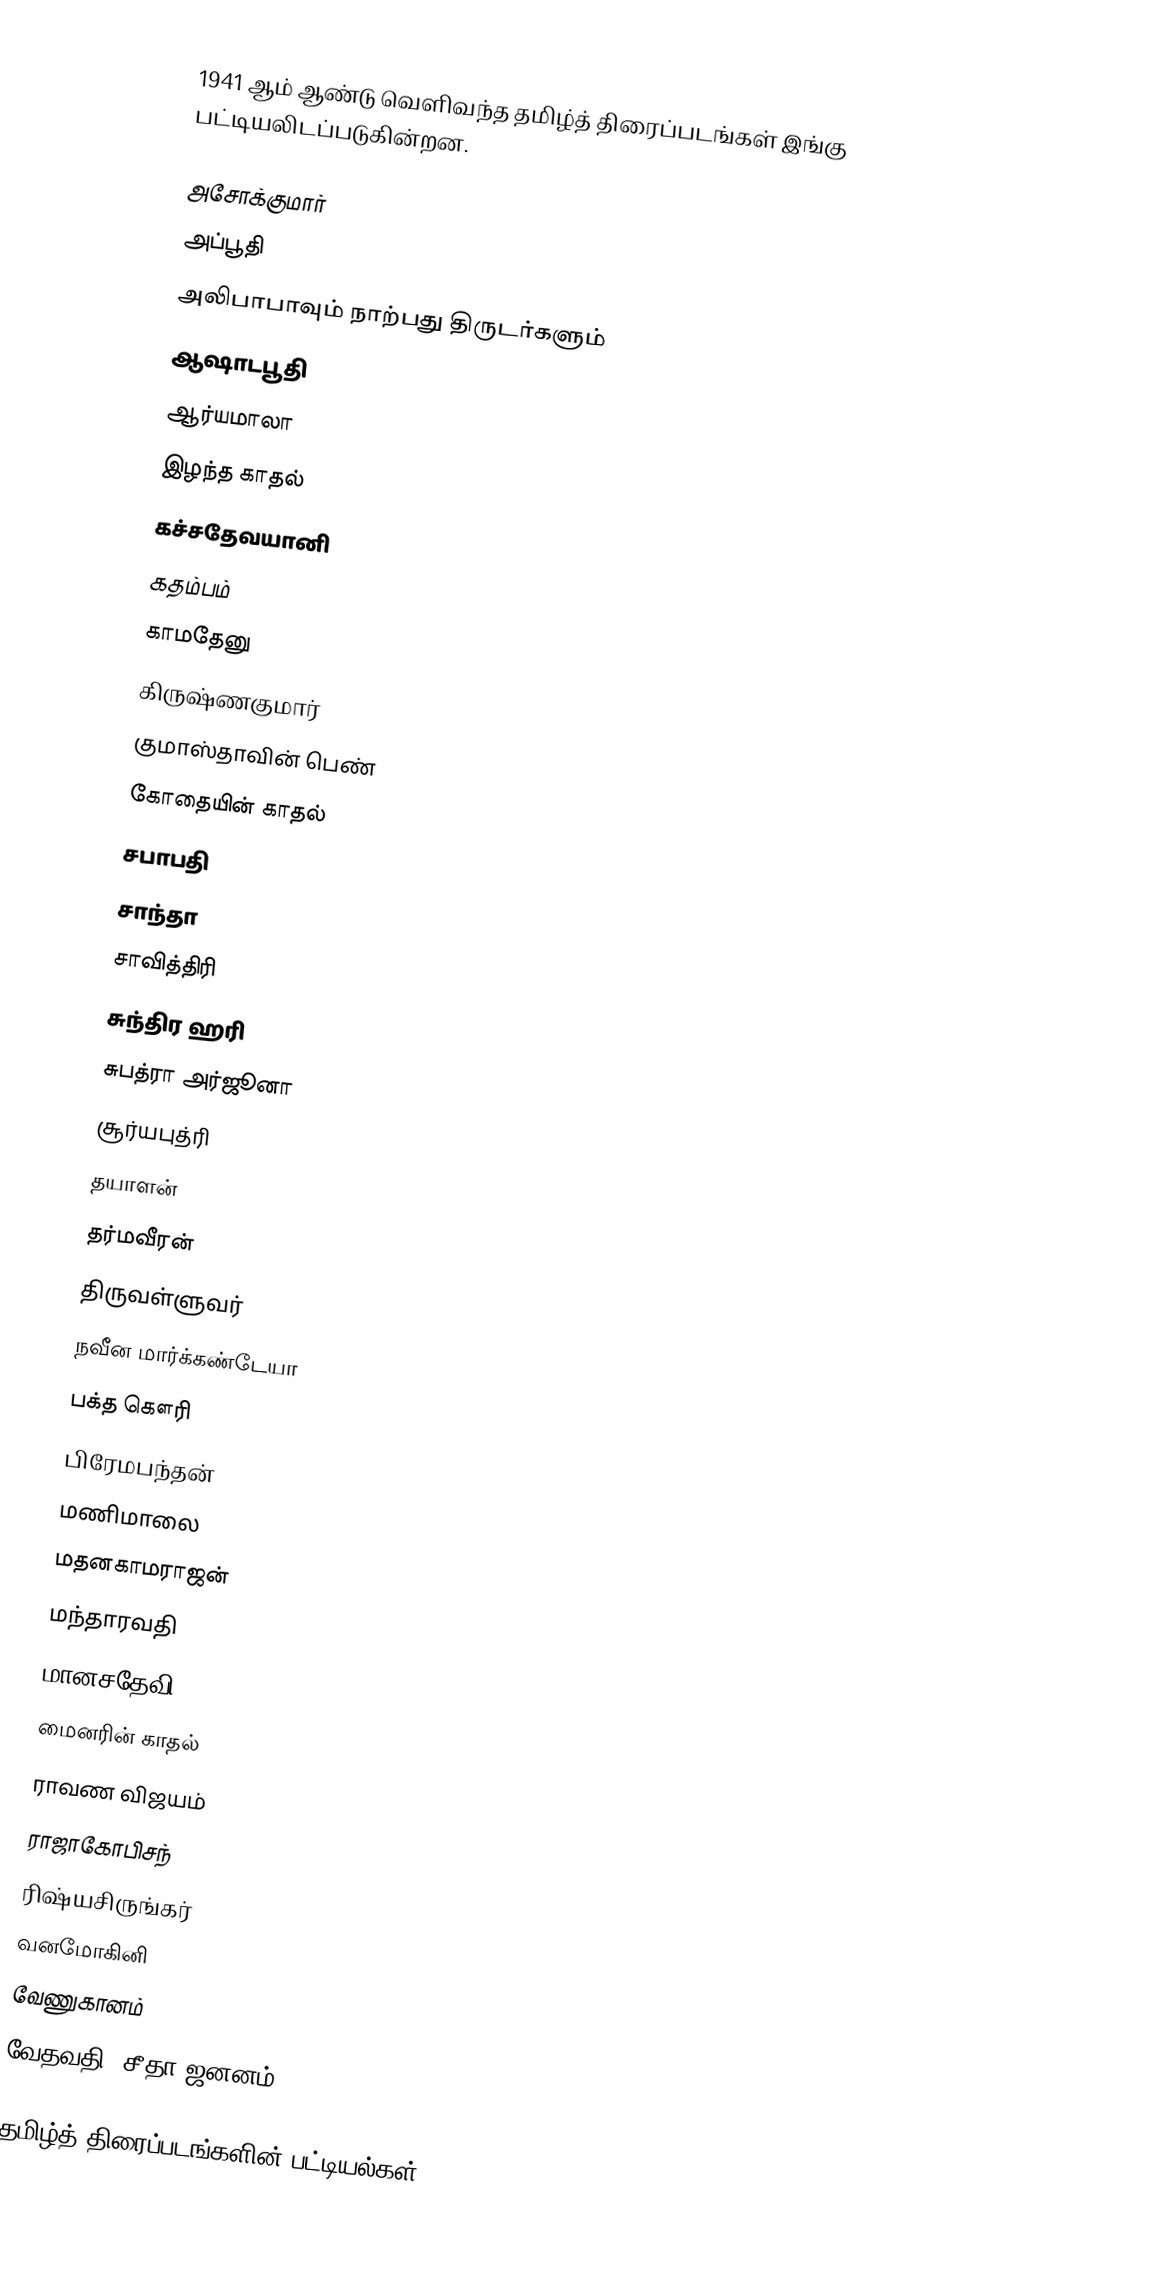
1941 ஆம் ஆண்டு வெளிவந்த தமிழ்த் திரைப்படங்கள் இங்கு பட்டியலிடப்படுகின்றன.

 அசோக்குமார்
 அப்பூதி
 அலிபாபாவும் நாற்பது திருடர்களும்
 ஆஷாடபூதி
 ஆர்யமாலா
 இழந்த காதல்
 கச்சதேவயானி
 கதம்பம்
 காமதேனு
 கிருஷ்ணகுமார்
 குமாஸ்தாவின் பெண்
 கோதையின் காதல்
 சபாபதி
 சாந்தா
 சாவித்திரி
 சுந்திர ஹரி
 சுபத்ரா அர்ஜூனா
 சூர்யபுத்ரி
 தயாளன்
 தர்மவீரன்
 திருவள்ளுவர்
 நவீன மார்க்கண்டேயா
 பக்த கௌரி
 பிரேமபந்தன்
 மணிமாலை
 மதனகாமராஜன்
 மந்தாரவதி
 மானசதேவி
 மைனரின் காதல்
 ராவண விஜயம்
 ராஜாகோபிசந்
 ரிஷ்யசிருங்கர்
 வனமோகினி
 வேணுகானம்
 வேதவதி (சீதா ஜனனம்)

தமிழ்த் திரைப்படங்களின் பட்டியல்கள்